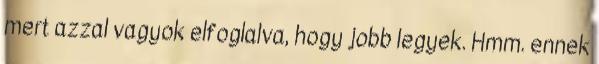
mert azzal vagyok elfoglalva, hogy jobb legyek. Hmm. ennek